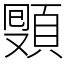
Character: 𩓔